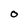
Character: 0